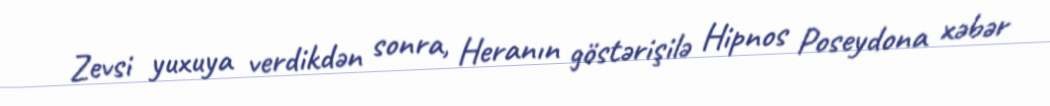
Zevsi yuxuya verdikdən sonra, Heranın göstərişilə Hipnos Poseydona xəbər